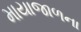
માયાજાળના